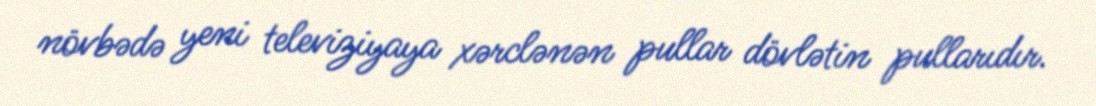
növbədə yeni televiziyaya xərclənən pullar dövlətin pullarıdır.